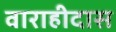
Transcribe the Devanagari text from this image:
वाराहीदास